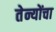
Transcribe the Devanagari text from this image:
तेन्योंचा